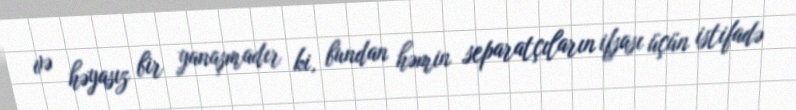
və həyasız bir yanaşmadır ki, bundan həmin separatçıların ifşası üçün istifadə